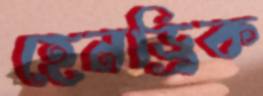
হেনড্রিক